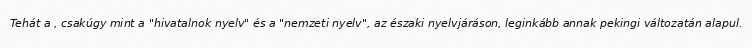
Tehát a , csakúgy mint a "hivatalnok nyelv" és a "nemzeti nyelv", az északi nyelvjáráson, leginkább annak pekingi változatán alapul.